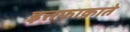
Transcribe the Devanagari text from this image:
इत्तफ़ाक़ाते